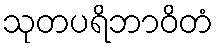
သုတပရိဘာဝိတံ